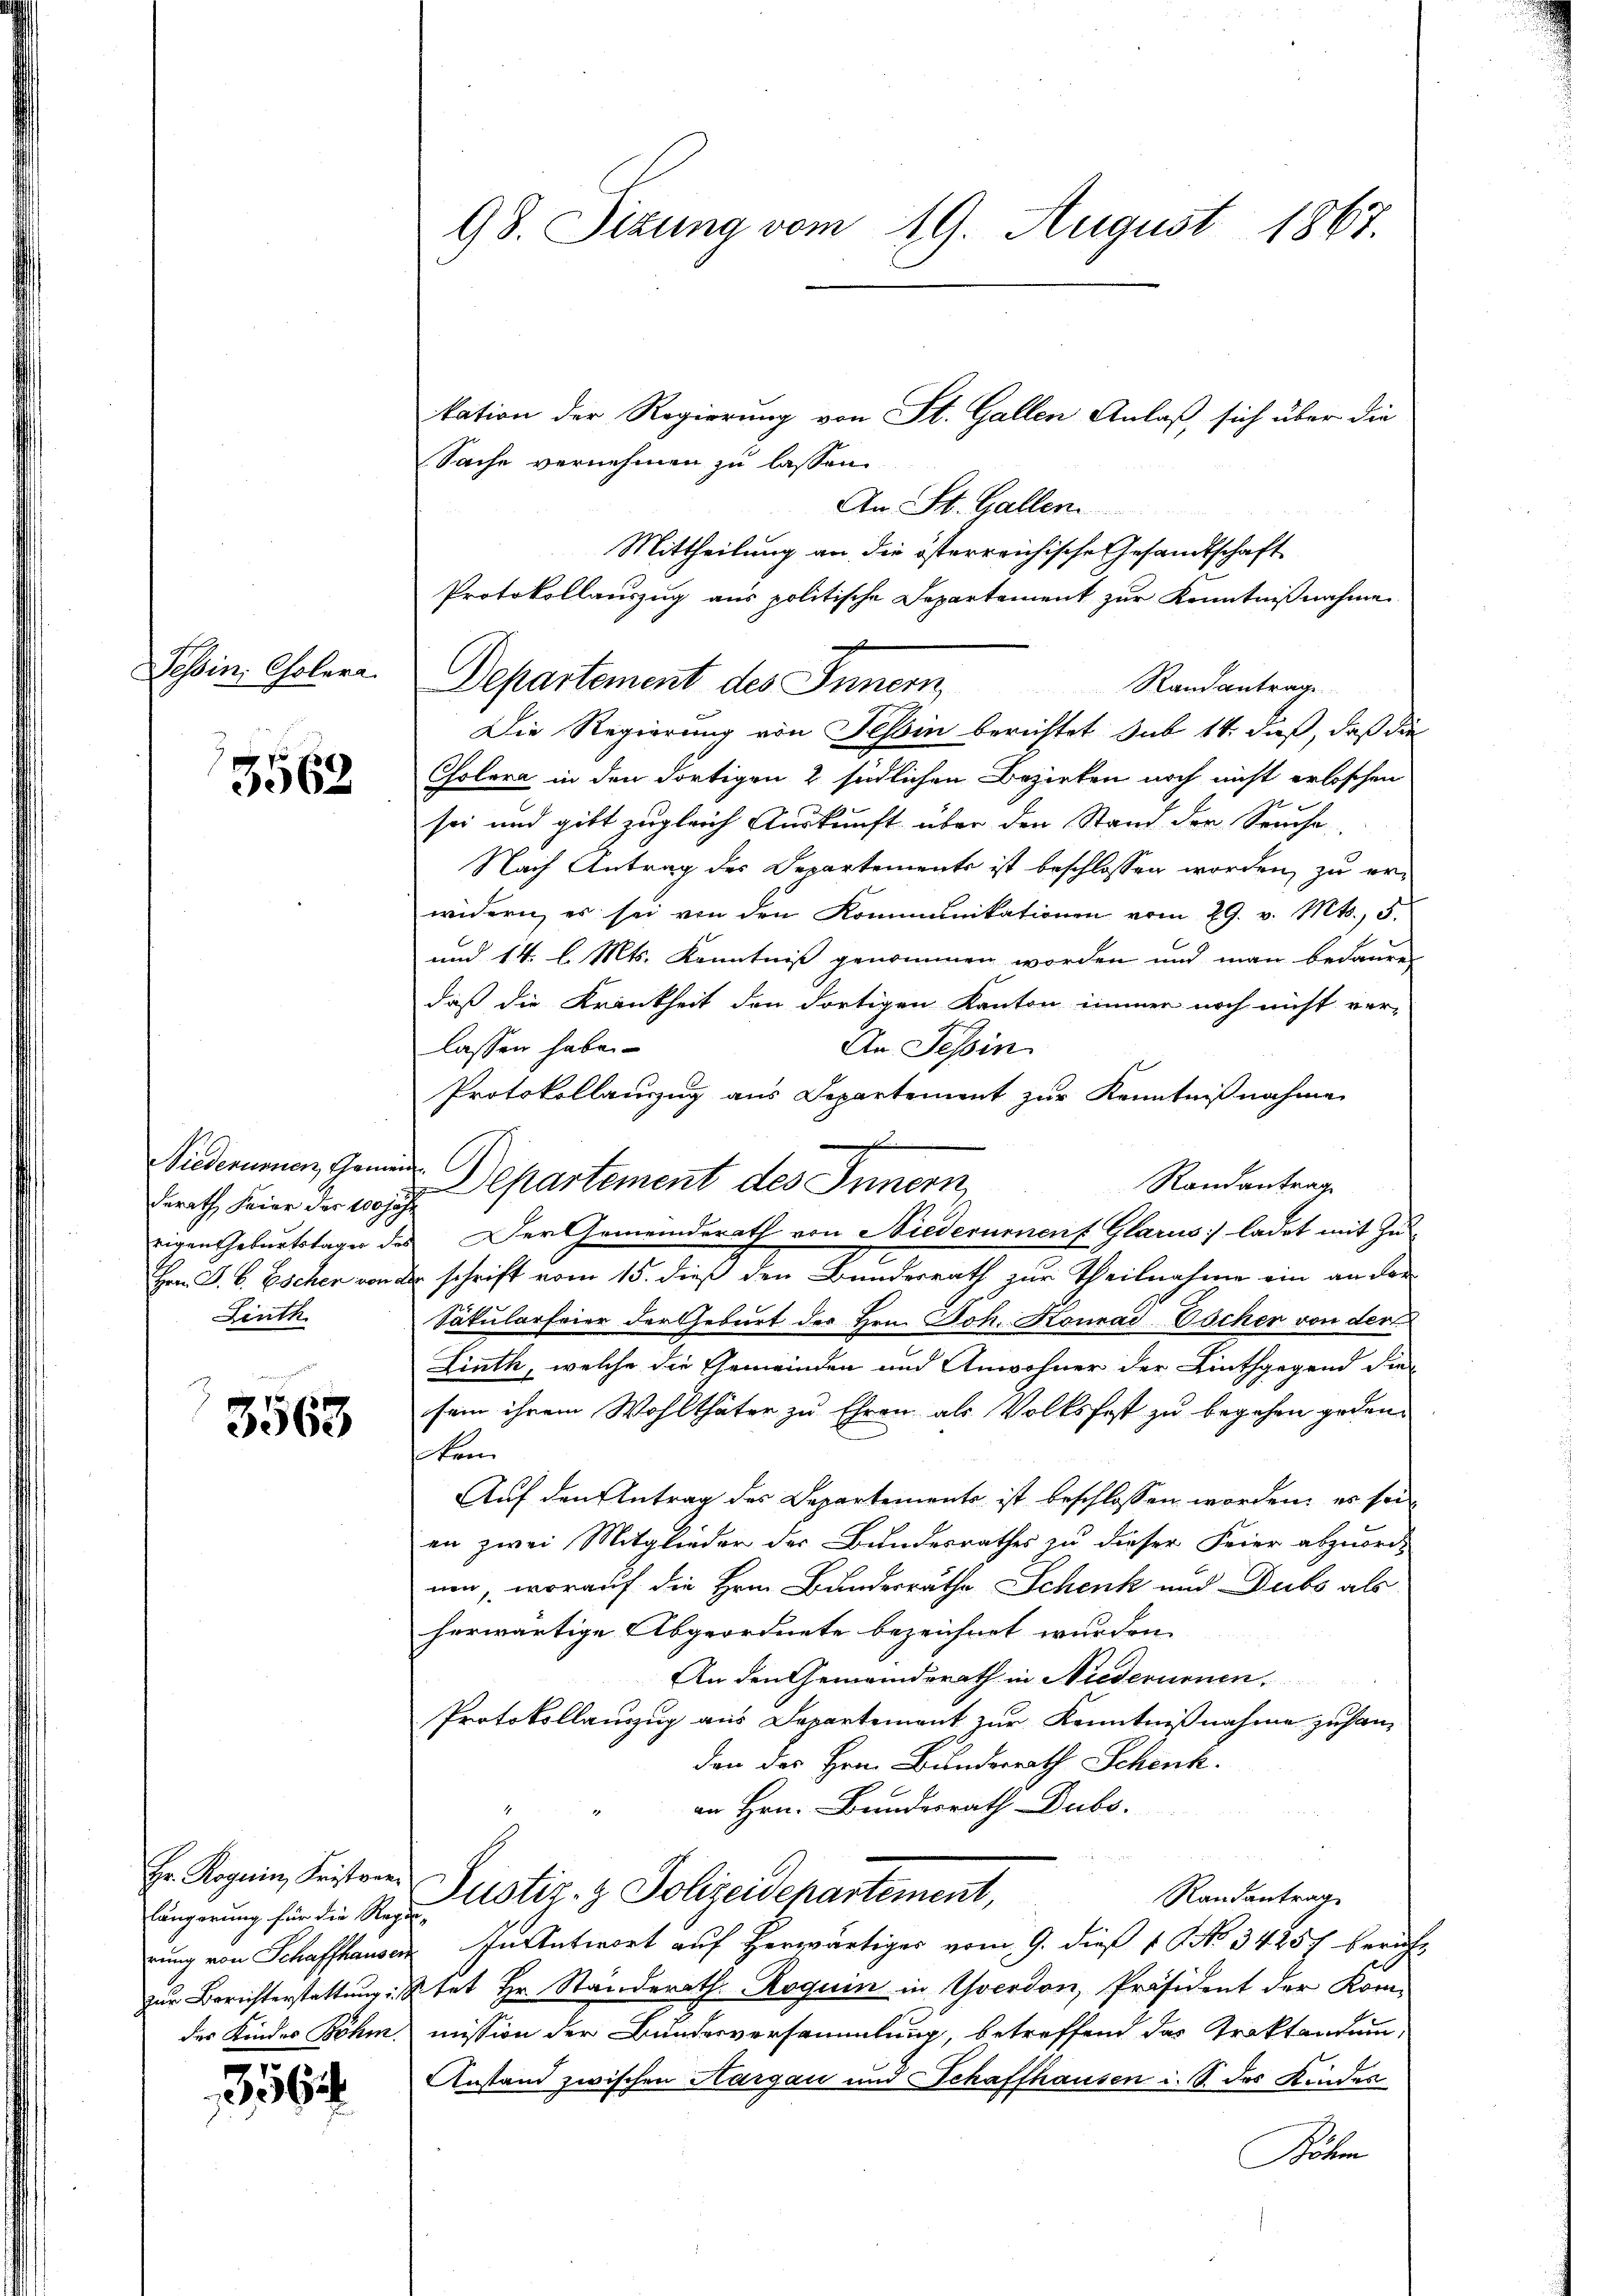
Tessin, Cholera

3562

Niederumen, Namen. C.
derath Feier des 10 jä
rigen Geburtstages des
Hrn. J. B. Escher von d
Linth.

3563

Hr. Roguin, Kristore
längerung für die Regie-
der Kindes Böhm.

56

98. Sizung vom 19. August 1867.

Sache vernehmen zu lassen.
An St. Galler
Mittheilung an die österreichische Gesandtschaft
Protokollauszug aus politische Departement zur Kenntnißnahme
Departement des Innern,
Randantrage
Die Regierung von Tessin berichtet sub 14 dieß, daß die
Cholera in den dortigen 2 südlichen Bezirken noch nicht erloschen
sei und gibt zugleich Auskunft über den Stand der Seuche
Nach Antrag des Departements ist beschlossen worden, zu erwidern, es sei von den Kommunikationen vom 29. v. Mts., 5.
und 14. l. Mts. Kenntniß genommen worden und man bedaure,
daß die Krankheit den dortigen Kanton immer noch nicht ver-
lassen habe.
An Tessin
Protokollauszug aus Departement zur Kenntnißnahme
Randantrag
Departement des Innern
7
Der Gemeinderath von Niederument Glarus: ladet mit Zu¬
 schrift vom 15. dieß den Bunderrath zur Theilnahme ein an der
Säkularfeier der Geburt des Hrn. Joh. Konrad Vöcher von der
Linth, welche die Gemeinden und Anwohner der Linthgegend die
sein ihrem Wohlthäter zu Ehren als Volksfest zu begehen geden.
en
Auf den Antrag des Departemente ist beschlossen worden, es sei
en zwei Mitglieder der Bundesrathes zu dieser Feier abzuordnen, worauf die Hrn. Bundesräthe Schenk und Dubs als
herwärtige Abgeordnete bezeichnet wurden.
An den Gemeindsrath in Niederumen.
Protokollauszug aus Departement zur Kenntnißnahme zusamdon der Hrn. Bunderrath Schenk.
an Hrn. Bundesrath Dubs.
Justiz- & Polizeidepartement,
Randantrag
rung von Schaffhauser. In Antwort auf herwärtiges vom 9. dieß 1 No. 34257 beruhzur Berichterstattung stet Hr. Standerath. Roguin in Yverdon, Präsident der Kommission der Bundesversammlung, betreffend das Traktandum,
Anstand zwischen Hargau und Schaffhausen i. S. des Kinder
Böhm

kation der Regierung von St. Gallen Anlaß, sich über die

.